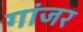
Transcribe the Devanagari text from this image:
गांजर